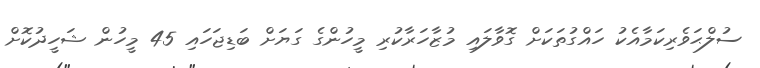
ސުލްޙަވެރިކަމާއެކު ހައްގުތަކަށް ގޮވާލައި މުޒާހަރާކުރި މީހުންގެ ގަޔަށް ބަޑިޖަހައި 45 މީހުން ޝަހީދުކޮށް